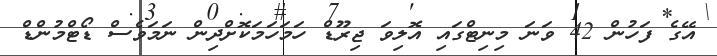
އޭގެ ފަހުން 42 ވަނަ މިނިޓްގައި އޮލިވަ ޖިރޫޑް ހަމަހަމަކޮށްދިން ނަމަވެސް ޑޯޓްމުންޑް